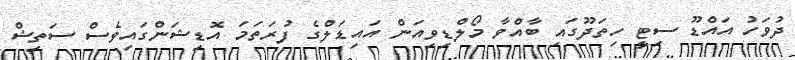
ދުވަހު އައްޑޫ ސިޓީ ހިތަދޫގައި ބާއްވާ މޯލްޑިވިއަން އައިޑަލްގެ ފުރަތަމަ އޮޑިޝަންގައިވެސް ސަތިޝް